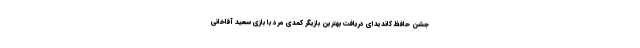
جشن حافظ کاندیدای دریافت بهترین بازیگر کمدی مرد با بازی سعید آقاخانی